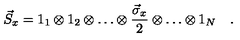
\vec { S } _ { x } = 1 _ { 1 } \otimes 1 _ { 2 } \otimes \ldots \otimes \frac { \vec { \sigma } _ { x } } { 2 } \otimes \ldots \otimes 1 _ { N } \quad .